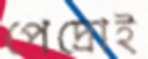
পেদ্রোই